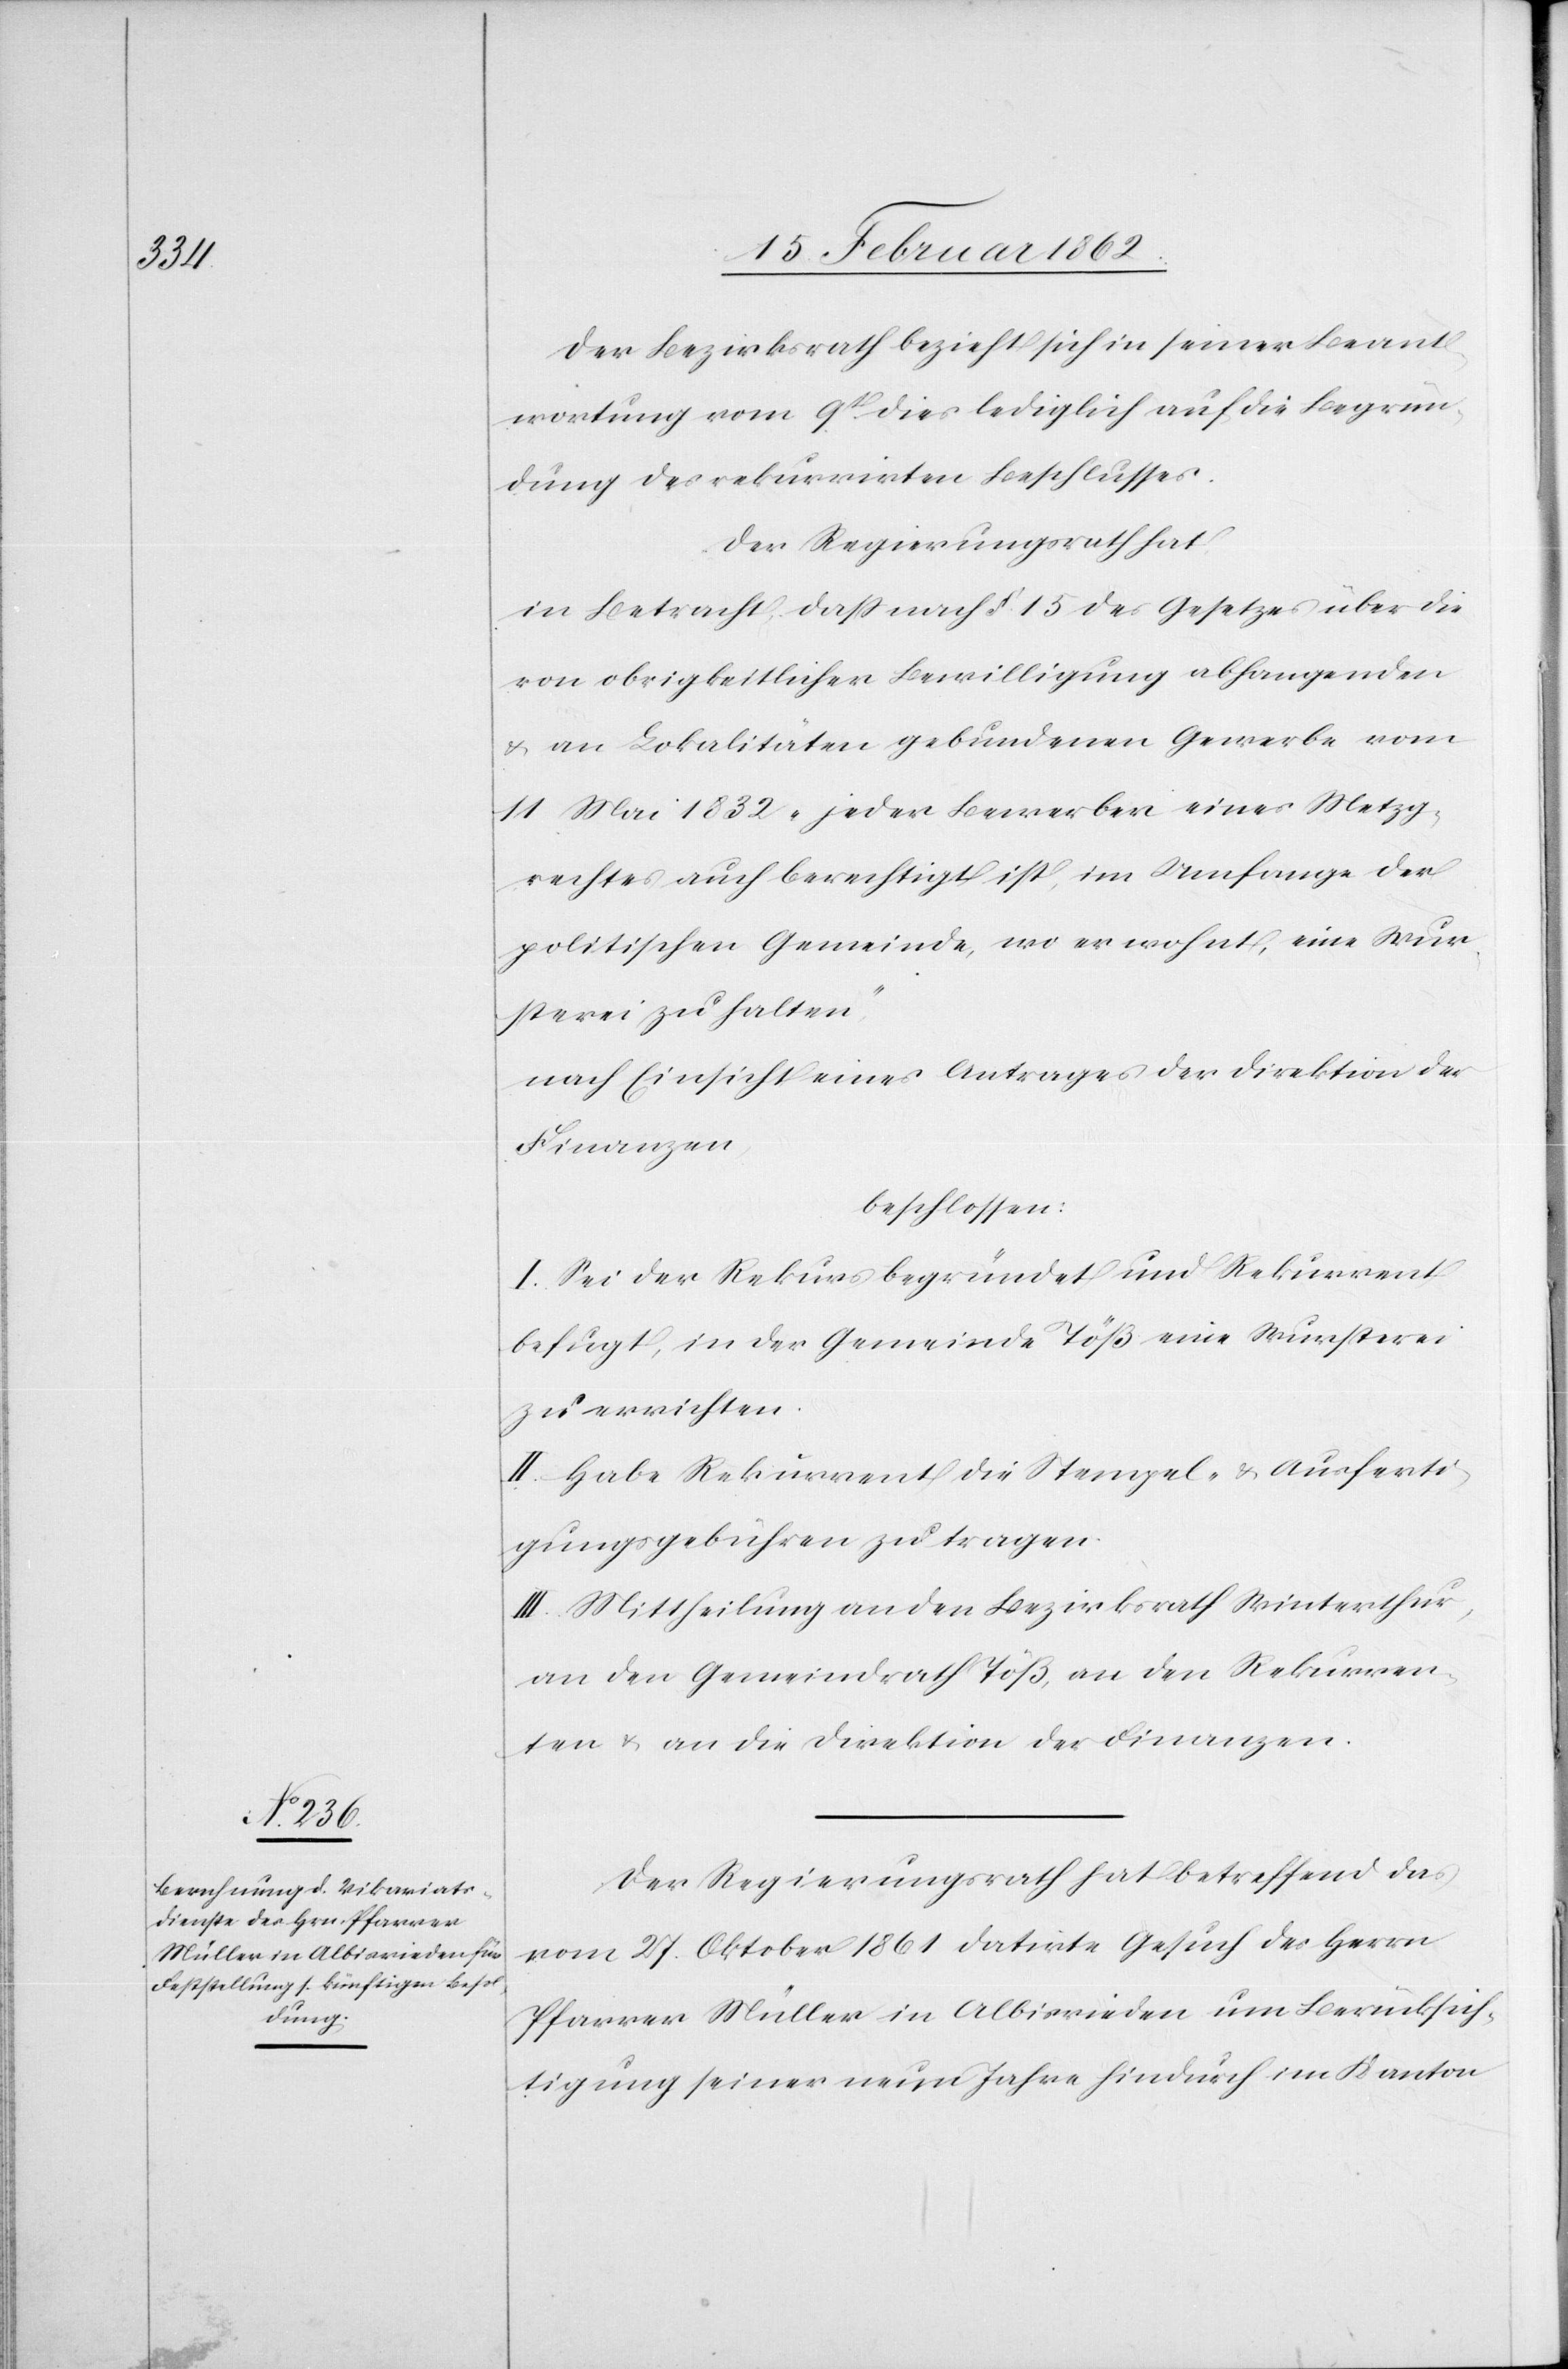
Der Bezirksrath bezieht sich in seiner Beant¬
wortung vom 9t dies lediglich auf die Begrün¬
dung des rekurrirten Beschlusses.
Der Regierungsrath hat
in Betracht, daß nach § 15 des Gesetzes über die
von obrigkeitlicher Bewilligung abhangenden
& an Lokalitäten gebundenen Gewerbe vom
11 Mai 1832 „jeder Bewerber eines Metzg¬
rechtes auch berechtigt ist, im Umfange der
politischen Gemeinde, wo er wohnt, eine Wur¬
sterei zu halten“,
nach Einsicht eines Antrages der Direktion der
Finanzen
beschlossen:
I. Sei der Rekurs begründet und Rekurrent
befugt, in der Gemeinde Töß eine Wursterei
zu errichten.
II. Habe Rekurrent die Stempel- & Ausferti¬
gungsgebühren zu tragen.
III. Mittheilung an den Bezirksrath Winterthur,
an den Gemeindrath Töß, an den Rekurren¬
ten & an die Direktion der Finanzen.
Der Regierungsrath hat betreffend das
vom 27. Oktober 1861 datirte Gesuch des Herrn
Pfarrer Müller in Albisrieden um Berücksich¬
tigung seiner neun Jahre hindurch im Kanton